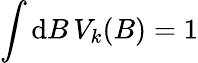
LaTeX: \int\mathrm{d}B\, V_{k}(B)=1